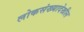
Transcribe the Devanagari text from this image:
लोकसंख्यादेखील